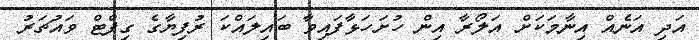
އަދި އަނެއް އިނާމަކަށް އަލޯރާ އިން ހުށަހަޅާފައިވާ ބައިލައްކަ ރުފިޔާގެ ގިފްޓް ވައުޗަރު